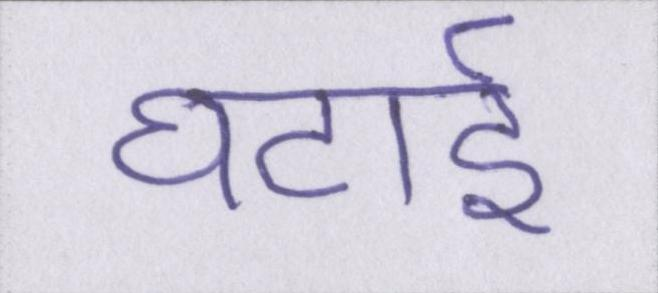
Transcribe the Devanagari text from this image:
घटाई